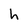
Character: h